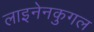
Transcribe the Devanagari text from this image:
लाइनेनकुगल